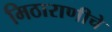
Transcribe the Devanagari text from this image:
मिठाराणीचे